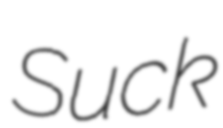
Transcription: Suck